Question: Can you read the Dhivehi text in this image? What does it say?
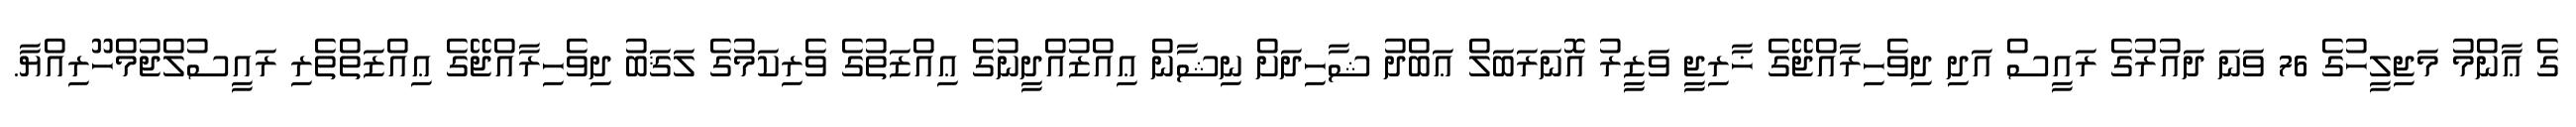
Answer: ގެ ޢާންމު މަޖިލީހުގެ 76 ވަނަ ދައުރުގެ ރައީސް އަދި ދިވެހިރާއްޖޭގެ ޚާރިޖީ ވަޒީރު އޮނަރަބަލް ޢަބްދު ޝާހިދަށް ނިޝާން ޢިއްޒުއްދީނުގެ ޢިއްޒަތުގެ ވެރިކަމުގެ ލަޤަބު ދިވެހިރާއްޖޭގެ ޢިއްޒަތްތެރި ރައީސުލްޖުމްހޫރިއްޔާ.